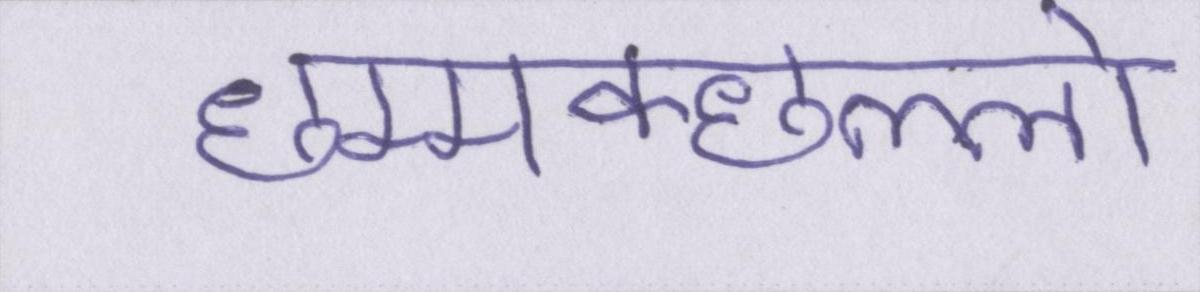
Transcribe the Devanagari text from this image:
छम्मक्छल्लो